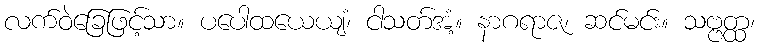
လက်ဝဲခြေဖြင့်သာ။ ပပေါထယေယျံ၊ ငါသတ်အံ့။ နာဂရာဇ၊ ဆင်မင်း။ သဗ္ဗတ္ထ၊